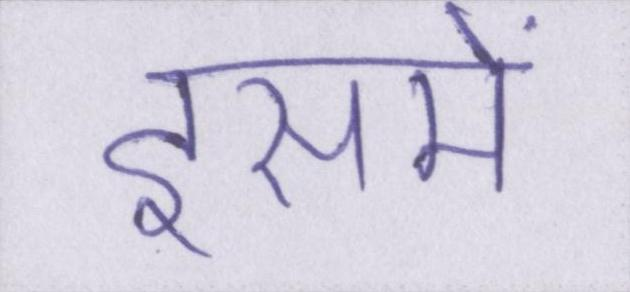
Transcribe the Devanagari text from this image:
इसमें